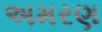
અમરણ